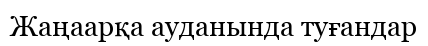
Жаңаарқа ауданында туғандар